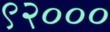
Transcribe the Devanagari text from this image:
९२०००